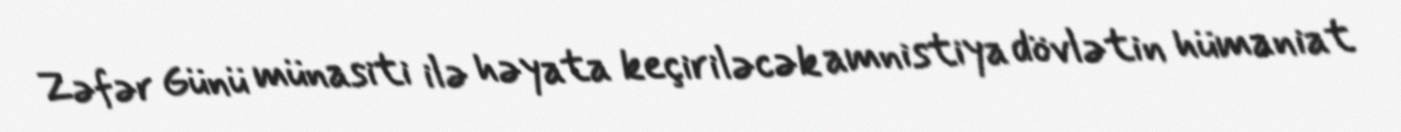
Zəfər Günü münasiti ilə həyata keçiriləcək amnistiya dövlətin hümaniat